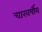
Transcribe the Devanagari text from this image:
चारवर्षीय